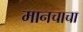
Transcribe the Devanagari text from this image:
मानचाचा